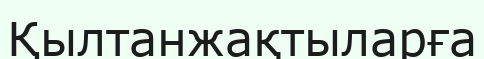
Қылтанжақтыларға